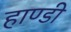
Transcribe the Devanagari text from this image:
हाण्डी